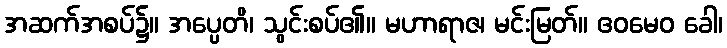
အဆက်အစပ်၌။ အပ္ပေတိ၊ သွင်းစပ်၏။ မဟာရာဇ၊ မင်းမြတ်။ ဧဝမေဝ ခေါ၊